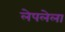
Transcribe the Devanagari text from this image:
लेपलेला